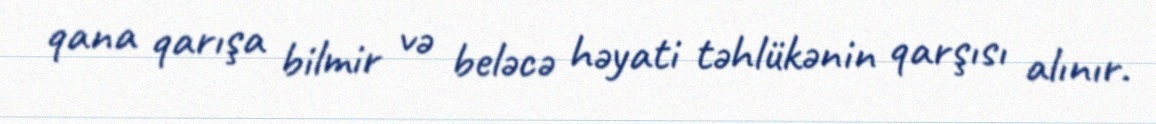
qana qarışa bilmir və beləcə həyati təhlükənin qarşısı alınır.